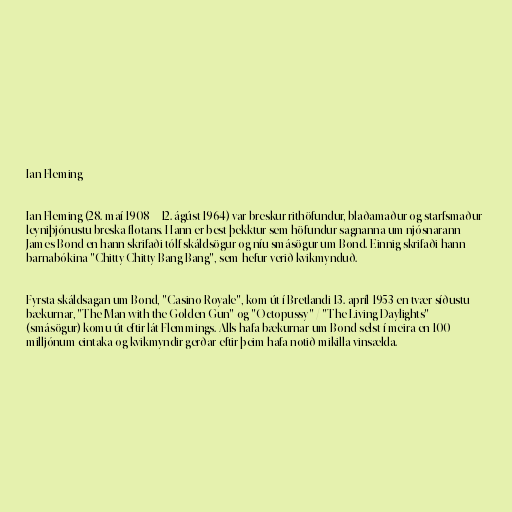
Ian Fleming

Ian Fleming (28. maí 1908 – 12. ágúst 1964) var breskur rithöfundur, blaðamaður og starfsmaður
leyniþjónustu breska flotans. Hann er best þekktur sem höfundur sagnanna um njósnarann
James Bond en hann skrifaði tólf skáldsögur og níu smásögur um Bond. Einnig skrifaði hann
barnabókina "Chitty Chitty Bang Bang", sem hefur verið kvikmynduð.

Fyrsta skáldsagan um Bond, "Casino Royale", kom út í Bretlandi 13. apríl 1953 en tvær síðustu
bækurnar, "The Man with the Golden Gun" og "Octopussy" / "The Living Daylights"
(smásögur) komu út eftir lát Flemmings. Alls hafa bækurnar um Bond selst í meira en 100
milljónum eintaka og kvikmyndir gerðar eftir þeim hafa notið mikilla vinsælda.